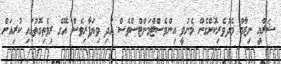
ޝަރްޢީ ނިޒާމް މެދުވެރިކޮށްގެން މެނުވީ އިންވެސްޓްމަންޓްސްވެސް އަދި ވިޔަފާރިވެސް އޭގެ ރިވެތިގޮތުގައި ކުރިއަށް